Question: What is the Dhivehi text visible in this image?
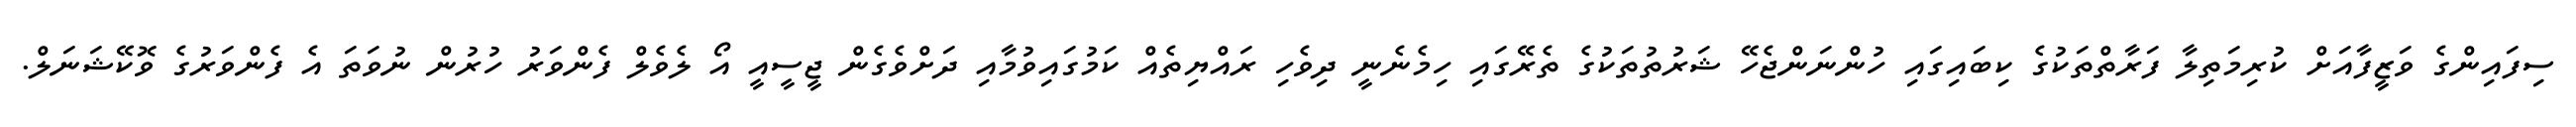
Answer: ސިފައިންގެ ވަޒީފާއަށް ކުރިމަތިލާ ފަރާތްތަކުގެ ކިބައިގައި ހުންނަންޖެހޭ ޝަރުތުތަކުގެ ތެރޭގައި ހިމެނެނީ ދިވެހި ރައްޔިތެއް ކަމުގައިވުމާއި ދަށްވެގެން ޖީސީއީ އޯ ލެވެލް ފެންވަރު ހުރުން ނުވަތަ އެ ފެންވަރުގެ ވޮކޭޝަނަލް.